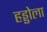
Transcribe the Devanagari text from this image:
हड्डोला